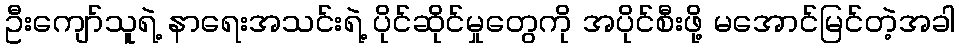
ဦးကျော်သူရဲ့ နာရေးအသင်းရဲ့ ပိုင်ဆိုင်မှုတွေကို အပိုင်စီးဖို့ မအောင်မြင်တဲ့အခါ